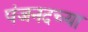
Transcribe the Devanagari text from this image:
पंजनदच्या